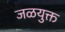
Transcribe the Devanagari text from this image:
जळयुक्त